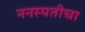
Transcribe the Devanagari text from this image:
ननस्पतीचा